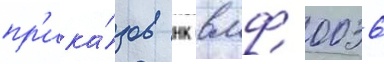
пр'ика́зов нк вмф 0036